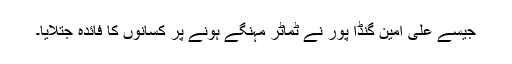
جیسے علی امین گنڈا پور نے ٹماٹر مہنگے ہونے پر کسانوں کا فائدہ جتلایا۔